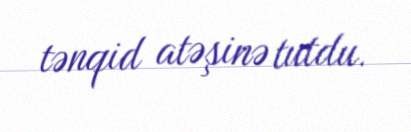
tənqid atəşinə tutdu.